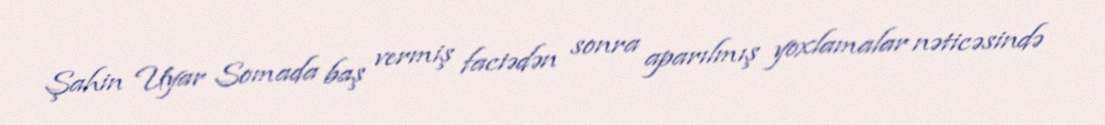
Şahin Uyar Somada baş vermiş faciədən sonra aparılmış yoxlamalar nəticəsində